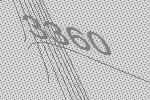
3360